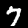
Digit: 7